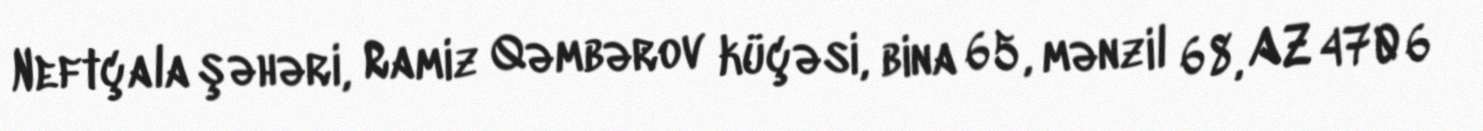
Neftçala şəhəri, Ramiz Qəmbərov küçəsi, bina 65, mənzil 68, AZ 4706